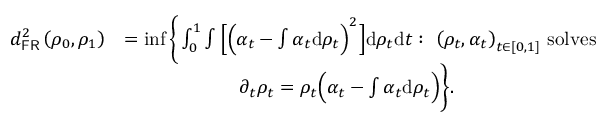
\begin{array} { r l } { d _ { \mathsf { F R } } ^ { 2 } \left( \rho _ { 0 } , \rho _ { 1 } \right) } & { = \operatorname* { i n f } \bigg \{ \int _ { 0 } ^ { 1 } \int \Big [ \Big ( \alpha _ { t } - \int \alpha _ { t } \mathrm { d } \rho _ { t } \Big ) ^ { 2 } \Big ] \mathrm { d } \rho _ { t } \mathrm { d } t : ~ \left( \rho _ { t } , \alpha _ { t } \right) _ { t \in [ 0 , 1 ] } \, \mathrm { s o l v e s } } \\ & { \qquad \qquad \qquad \partial _ { t } \rho _ { t } = \rho _ { t } \Big ( \alpha _ { t } - \int \alpha _ { t } \mathrm { d } \rho _ { t } \Big ) \bigg \} . } \end{array}